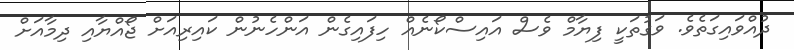
ދުއްވައިގަތެވެ. ވަގުތަކީ ފިޔާމް ވެސް އައިސްކޯނެއް ހިފައިގެން އަންހެނުން ކައިރިއަށް ޖޯއްޔާއި ދިމާއަށް